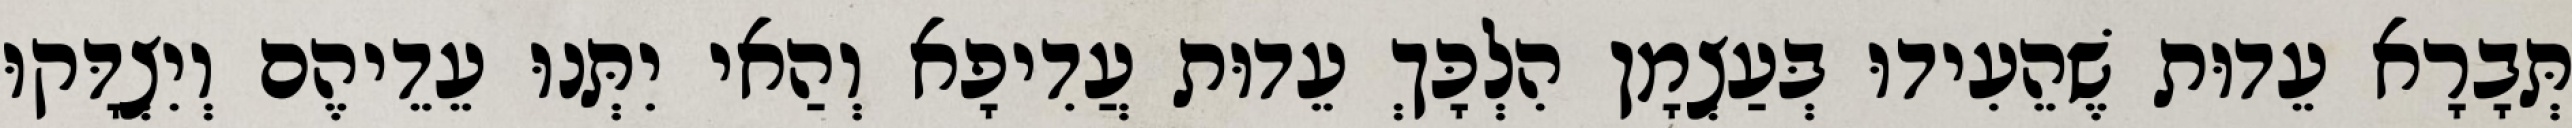
תְּבָרָא עֵדוּת שֶׁהֵעִידוּ בְּעַצְמָן הִלְכָּךְ עֵדוּת עֲדִיפָא וְהַאי יִתְּנוּ עֵדֵיהֶם וְיִצְדָּקוּ